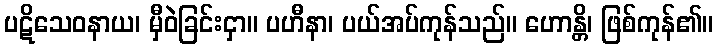
ပဋိသေဝနာယ၊ မှီဝဲခြင်းငှာ။ ပဟီနာ၊ ပယ်အပ်ကုန်သည်။ ဟောန္တိ၊ ဖြစ်ကုန်၏။